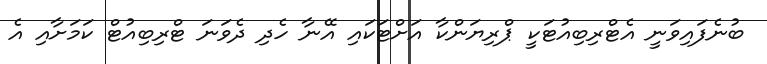
ބުނެފައިވަނީ އެޓްރިބިއުޓަކީ ޕްރިޔަންކާ އަށްޓަކައި އޭނާ ހެދި ދެވަނަ ޓްރިބިއުޓް ކަމަށާއި އެ